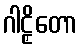
ဂါဠှိတော